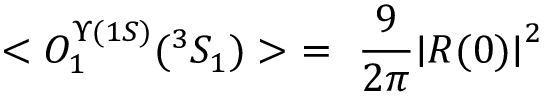
< O _ { 1 } ^ { \Upsilon ( 1 S ) } ( ^ { 3 } S _ { 1 } ) > \ = \ \frac { 9 } { 2 \pi } { \mid } R ( 0 ) { \mid } ^ { 2 }